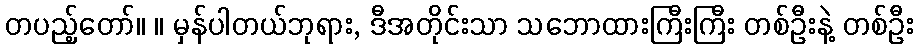
တပည့်တော်။ ။ မှန်ပါတယ်ဘုရား, ဒီအတိုင်းသာ သဘောထားကြီးကြီး တစ်ဦးနဲ့ တစ်ဦး